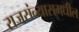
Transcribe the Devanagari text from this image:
राजसंन्यासमधील